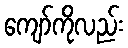
ကျော်ကိုလည်း